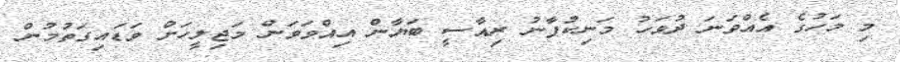
މި މަހުގެ އެއްވަނަ ދުވަހު މަނިކުފާނު ރިއާސީ ބަޔާން އިއްވަވަން މަޖިލީހަށް ވަޑައިގަތުމުން